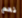
نعم